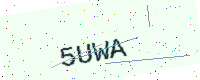
Text: 5UWA